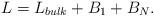
LaTeX: \begin{align*} L=L_{bulk}+B_1+B_N.\end{align*}